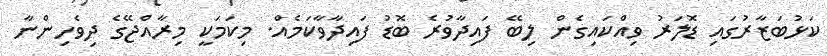
ކަޅުބަޒާރުގައި ޑޮލަރު ވިއްކައިގެން ލިބޭ ފައިދާވުރެ ބޮޑު ފައިދާވާކަމެއް. މިކަމަކީ މިރާއްޖޭގެ ދިވެހިންނާ